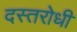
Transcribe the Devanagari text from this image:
दस्तरोधी